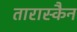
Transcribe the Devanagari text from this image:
तारास्कैन